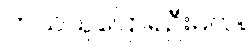
ဘယ်သူပြောရဦးမလဲ။